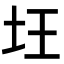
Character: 𡉠